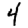
Digit: 4